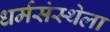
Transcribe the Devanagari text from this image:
धर्मसंस्थेला